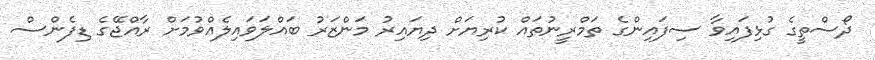
ދޯސްތީގެ ގުޅިފައިވާ ސިފައިންގެ ތަމްރީނުތައް ކުރިޔަށް ދިޔައިރު މަންޒަރު ބައްލަވައިލެއްވުމަށް ރާއްޖޭގެ ޑިފެންސް